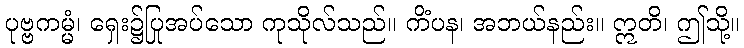
ပုဗ္ဗကမ္မံ၊ ရှေး၌ပြုအပ်သော ကုသိုလ်သည်။ ကိံပန၊ အဘယ်နည်း။ ဣတိ၊ ဤသို့။